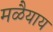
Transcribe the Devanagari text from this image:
मळैयाय